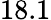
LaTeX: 18.1